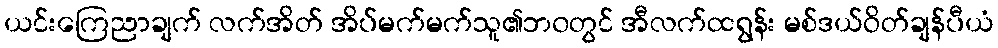
ယင်းကြေညာချက် လက်အိတ် အိပ်မက်မက်သူ၏ဘ၀တွင် အီလက်ထရွန်း မစ်ဒယ်ဝိတ်ချန်ပီယံ